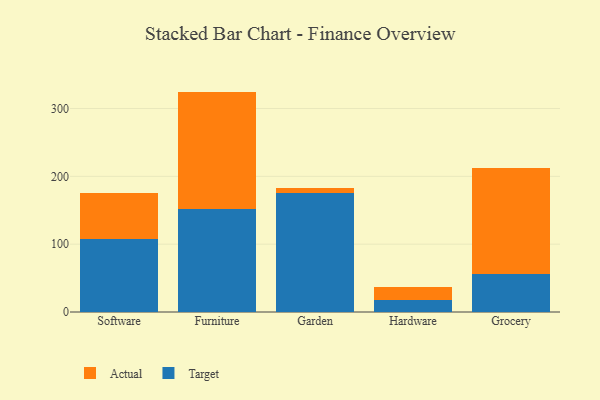
{"axis": {"x": "Category", "y": "Revenue (USD Million)"}, "legend": ["Actual", "Target"], "data": [{"x": "Software", "y": 108.1, "type": "Target"}, {"x": "Software", "y": 67.9, "type": "Actual"}, {"x": "Furniture", "y": 151.3, "type": "Target"}, {"x": "Furniture", "y": 173.6, "type": "Actual"}, {"x": "Garden", "y": 174.8, "type": "Target"}, {"x": "Garden", "y": 8.4, "type": "Actual"}, {"x": "Hardware", "y": 17.8, "type": "Target"}, {"x": "Hardware", "y": 19.5, "type": "Actual"}, {"x": "Grocery", "y": 55.4, "type": "Target"}, {"x": "Grocery", "y": 157.4, "type": "Actual"}]}